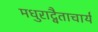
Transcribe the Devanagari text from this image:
मधुराद्वैताचार्य